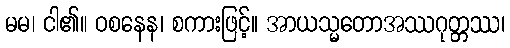
မမ၊ ငါ၏။ ဝစနေန၊ စကားဖြင့်။ အာယသ္မတောအဿဂုတ္တဿ၊